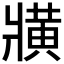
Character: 𤖖